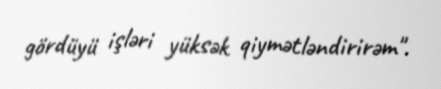
gördüyü işləri yüksək qiymətləndirirəm".